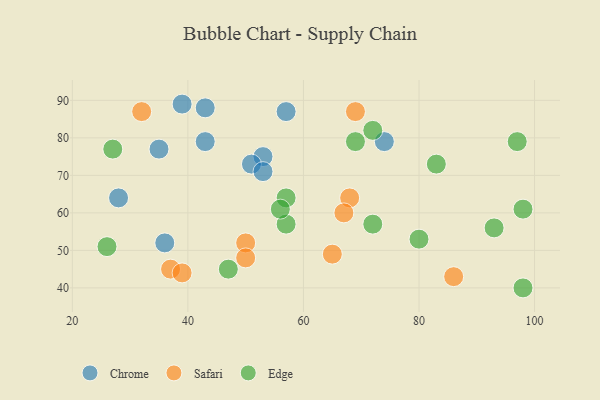
{"axis": {"x": "GDP", "y": "Life Expectancy"}, "legend": ["Chrome", "Edge", "Safari"], "data": [{"x": "53", "y": 75, "type": "Chrome"}, {"x": "43", "y": 79, "type": "Chrome"}, {"x": "35", "y": 77, "type": "Chrome"}, {"x": "28", "y": 64, "type": "Chrome"}, {"x": "51", "y": 73, "type": "Chrome"}, {"x": "39", "y": 89, "type": "Chrome"}, {"x": "74", "y": 79, "type": "Chrome"}, {"x": "43", "y": 88, "type": "Chrome"}, {"x": "53", "y": 71, "type": "Chrome"}, {"x": "57", "y": 87, "type": "Chrome"}, {"x": "36", "y": 52, "type": "Chrome"}, {"x": "65", "y": 49, "type": "Safari"}, {"x": "32", "y": 87, "type": "Safari"}, {"x": "50", "y": 52, "type": "Safari"}, {"x": "68", "y": 64, "type": "Safari"}, {"x": "86", "y": 43, "type": "Safari"}, {"x": "67", "y": 60, "type": "Safari"}, {"x": "37", "y": 45, "type": "Safari"}, {"x": "39", "y": 44, "type": "Safari"}, {"x": "69", "y": 87, "type": "Safari"}, {"x": "50", "y": 48, "type": "Safari"}, {"x": "69", "y": 79, "type": "Edge"}, {"x": "98", "y": 61, "type": "Edge"}, {"x": "97", "y": 79, "type": "Edge"}, {"x": "47", "y": 45, "type": "Edge"}, {"x": "98", "y": 40, "type": "Edge"}, {"x": "57", "y": 57, "type": "Edge"}, {"x": "27", "y": 77, "type": "Edge"}, {"x": "93", "y": 56, "type": "Edge"}, {"x": "57", "y": 64, "type": "Edge"}, {"x": "72", "y": 57, "type": "Edge"}, {"x": "56", "y": 61, "type": "Edge"}, {"x": "83", "y": 73, "type": "Edge"}, {"x": "26", "y": 51, "type": "Edge"}, {"x": "80", "y": 53, "type": "Edge"}, {"x": "72", "y": 82, "type": "Edge"}]}